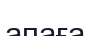
апаға